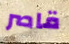
قاصر